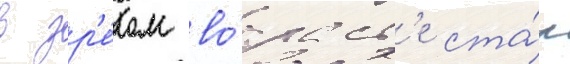
в зр'е́лом во́зраст'е ста́л